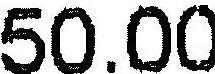
50.00